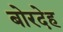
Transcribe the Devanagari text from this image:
बोरदेह